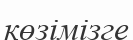
көзімізге